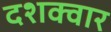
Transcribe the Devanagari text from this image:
दशक्वार